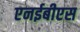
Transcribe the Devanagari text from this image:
एनईबीएस